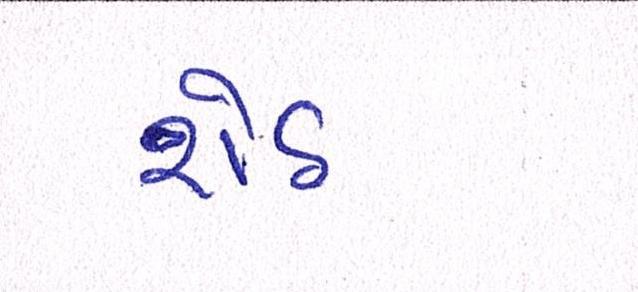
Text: સેઠ